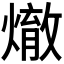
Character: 𪹲